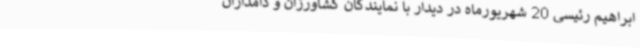
ابراهیم رئیسی 20 شهریورماه در دیدار با نمایندگان کشاورزان و دامداران